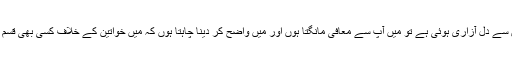
اگر کسی کی میرے بیان سے دل آزاری ہوئی ہے تو میں آپ سے معافی مانگتا ہوں اور میں واضح کر دینا چاہتا ہوں کہ میں خواتین کے خلاف کسی بھی قسم کے تشدد کا مخالف ہوں۔